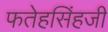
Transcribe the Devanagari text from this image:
फतेहसिंहजी